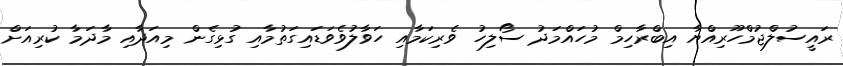
ރައީސުލްޖުމްހޫރިއްޔާ އިބްރާހިމް މުހައްމަދު ސޯލިހު ވެރިކަމާއި ހަވާލުވެވަޑައިގަތުމާއި ގުޅިގެން މިއަދާއި މާދަމާ ކުރިއަށް